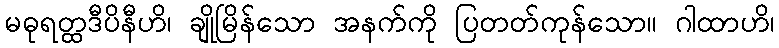
မဓုရတ္ထဒီပိနီဟိ၊ ချိုမြိန်သော အနက်ကို ပြတတ်ကုန်သော။ ဂါထာဟိ၊